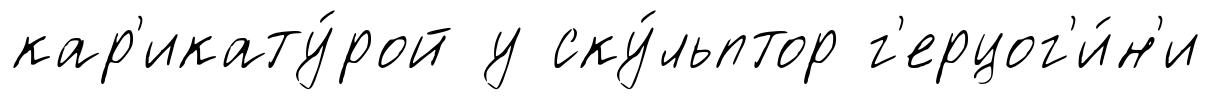
кар'икату́рой у ску́льптор г'ерцог'и́н'и